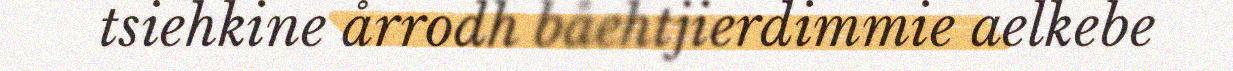
tsiehkine årrodh båehtjierdimmie aelkebe